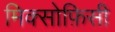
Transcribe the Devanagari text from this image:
मिक्सोफ़िसी